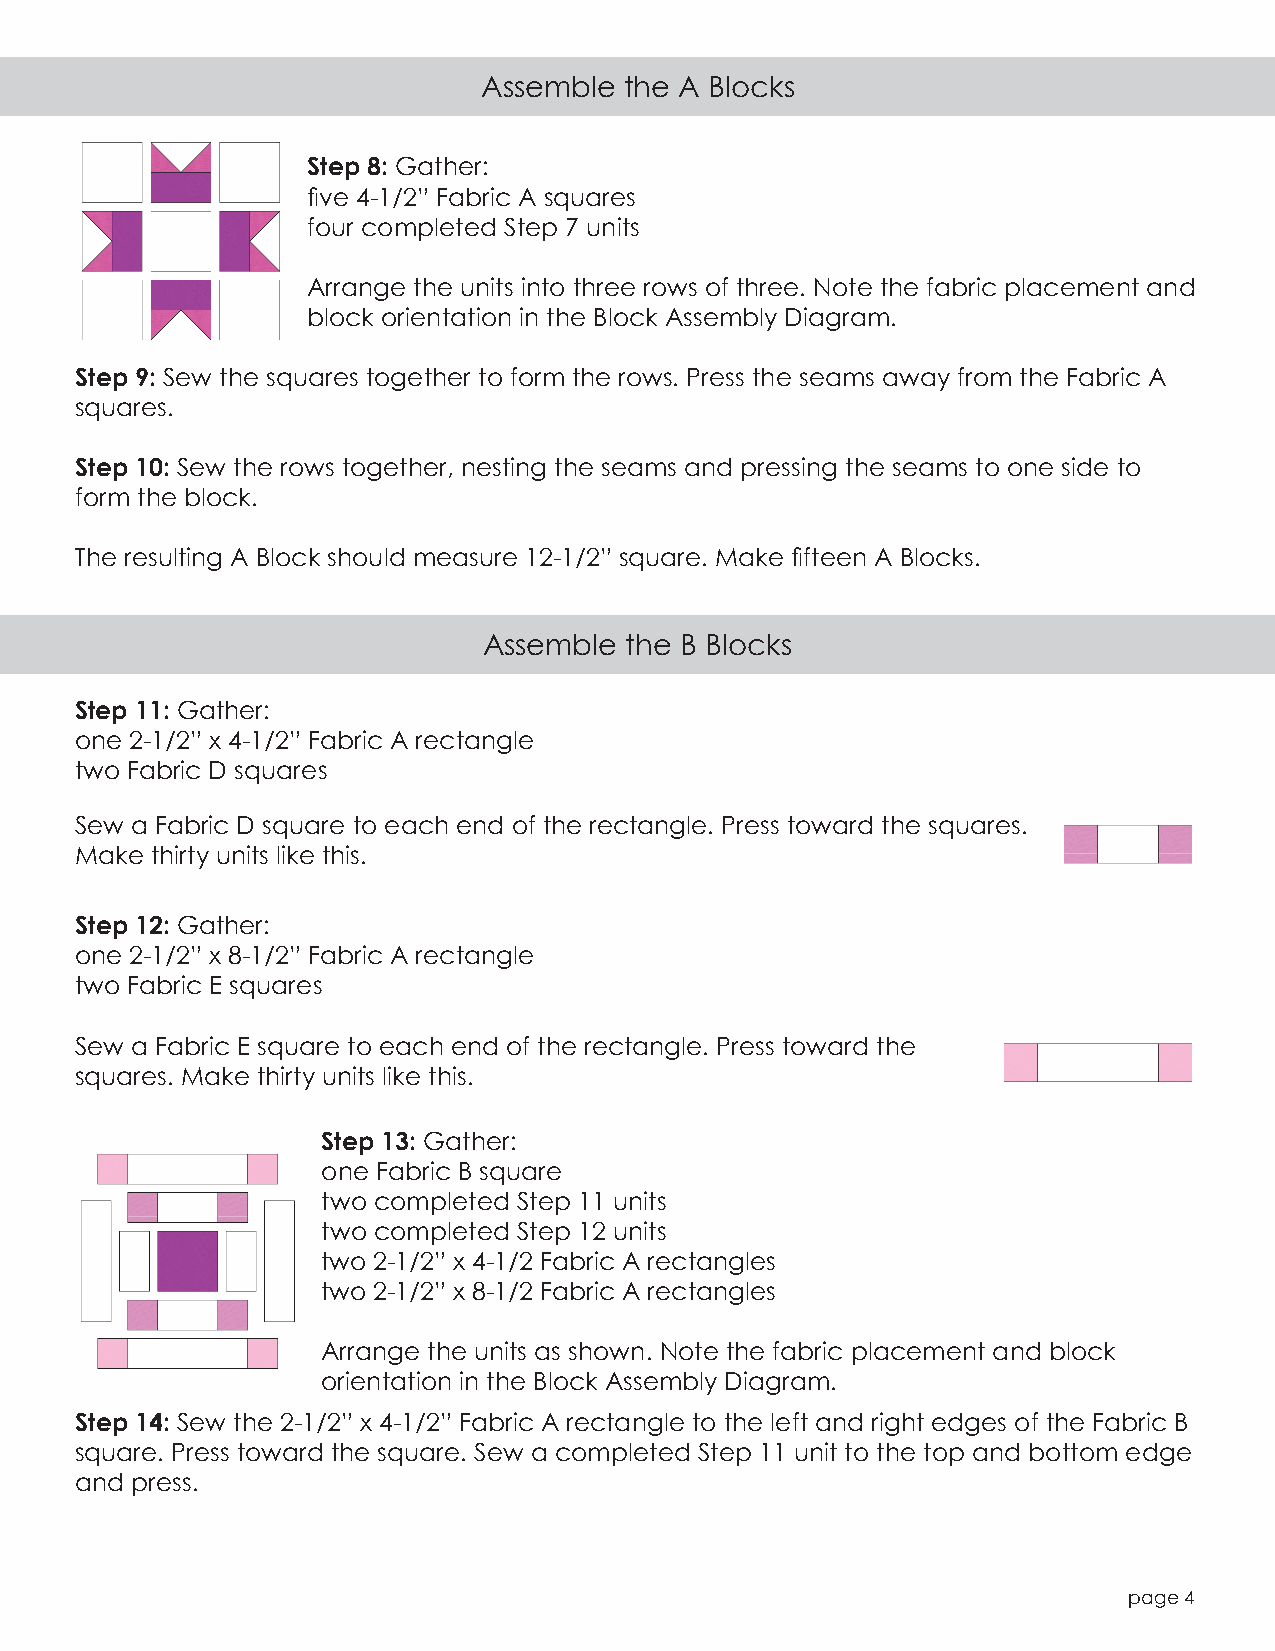
Assemble the A Blocks
 Step 8: Gather:
 five 4-1/2” Fabric A squares
 four completed Step 7 units
 Arrange the units into three rows of three. Note the fabric placement and
 block orientation in the Block Assembly Diagram.
 Step 9: Sew the squares together to form the rows. Press the seams away from the Fabric A
 squares.
 Step 10: Sew the rows together, nesting the seams and pressing the seams to one side to
 form the block.
 The resulting A Block should measure 12-1/2” square. Make fifteen A Blocks.
 Assemble the B Blocks
 Step 11: Gather:
 one 2-1/2” x 4-1/2” Fabric A rectangle
 two Fabric D squares
 Sew a Fabric D square to each end of the rectangle. Press toward the squares.
 Make thirty units like this.
 Step 12: Gather:
 one 2-1/2” x 8-1/2” Fabric A rectangle
 two Fabric E squares
 Sew a Fabric E square to each end of the rectangle. Press toward the
 squares. Make thirty units like this.
 Step 13: Gather:
 one Fabric B square
 two completed Step 11 units
 two completed Step 12 units
 two 2-1/2” x 4-1/2 Fabric A rectangles
 two 2-1/2” x 8-1/2 Fabric A rectangles
 Arrange the units as shown. Note the fabric placement and block
 orientation in the Block Assembly Diagram.
 Step 14: Sew the 2-1/2” x 4-1/2” Fabric A rectangle to the left and right edges of the Fabric B
 square. Press toward the square. Sew a completed Step 11 unit to the top and bottom edge
 and press.
 page 4